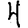
Digit: 4